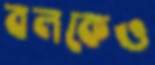
বলকেও